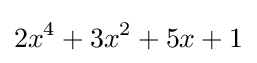
2x^{4}+3x^{2}+5x+1